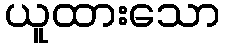
ယူထားသော